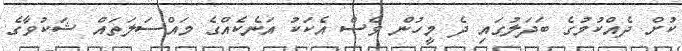
ކުށް ދެއްކުމުގެ ބަދަލުގައި ދެ މީހުން ވެސް އެކަކު އަނެކެއްގެ މައްސަލަތައް ޝަކުވާގެ